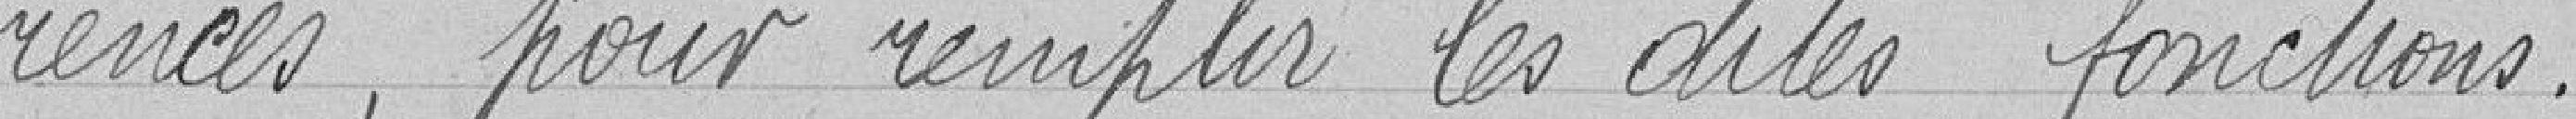
rences, pour remplir les dites fonctions.